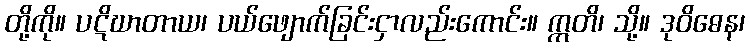
တို့ကို။ ပဋိဃာတာယ၊ ပယ်ဖျောက်ခြင်းငှာလည်းကောင်း။ ဣတိ၊ သို့။ ဒုဝိဓေန၊